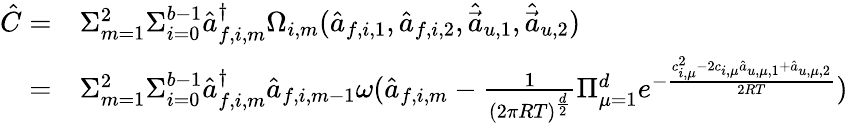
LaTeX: \begin{array}{rl}{\hat{C}=}&{{}\Sigma_{m=1}^{2}\Sigma_{i=0}^{b-1}\hat{a}_{f,i,m}^{\dagger}\Omega_{i,m}(\hat{a}_{f,i,1},\hat{a}_{f,i,2},\hat{\vec{a}}_{u,1},\hat{\vec{a}}_{u,2})}\\ {=}&{{}\Sigma_{m=1}^{2}\Sigma_{i=0}^{b-1}\hat{a}_{f,i,m}^{\dagger}\hat{a}_{f,i,m-1}\omega(\hat{a}_{f,i,m}-\frac{1}{(2\pi RT)^{\frac{d}{2}}}\Pi_{\mu=1}^{d}e^{-\frac{c_{i,\mu}^{2}-2c_{i,\mu}\hat{a}_{u,\mu,1}+\hat{a}_{u,\mu,2}}{2RT}})}\end{array}